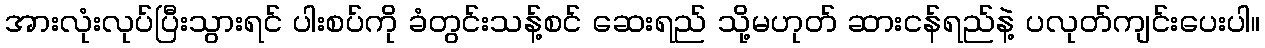
အားလုံးလုပ်ပြီးသွားရင် ပါးစပ်ကို ခံတွင်းသန့်စင် ဆေးရည် သို့မဟုတ် ဆားငန်ရည်နဲ့ ပလုတ်ကျင်းပေးပါ။